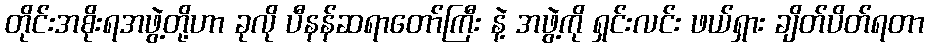
တိုင်းအစိုးရအဖွဲ့တို့ဟာ ခုလို ပီနန်ဆရာတော်ကြီး နဲ့ အဖွဲ့ကို ရှင်းလင်း ဖယ်ရှား ချိတ်ပိတ်ရတာ